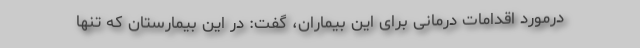
درمورد اقدامات درمانی برای این بیماران، گفت: در این بیمارستان که تنها